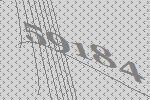
59184